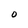
Character: O